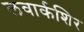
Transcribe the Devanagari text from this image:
लवार्कशिर